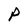
Character: P